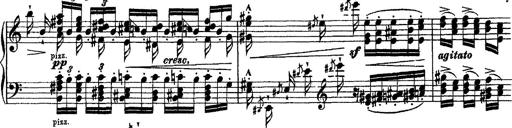
Title: Grande fantasie di bravura sur La clochette
Composer: Franz Liszt
Key: A minor